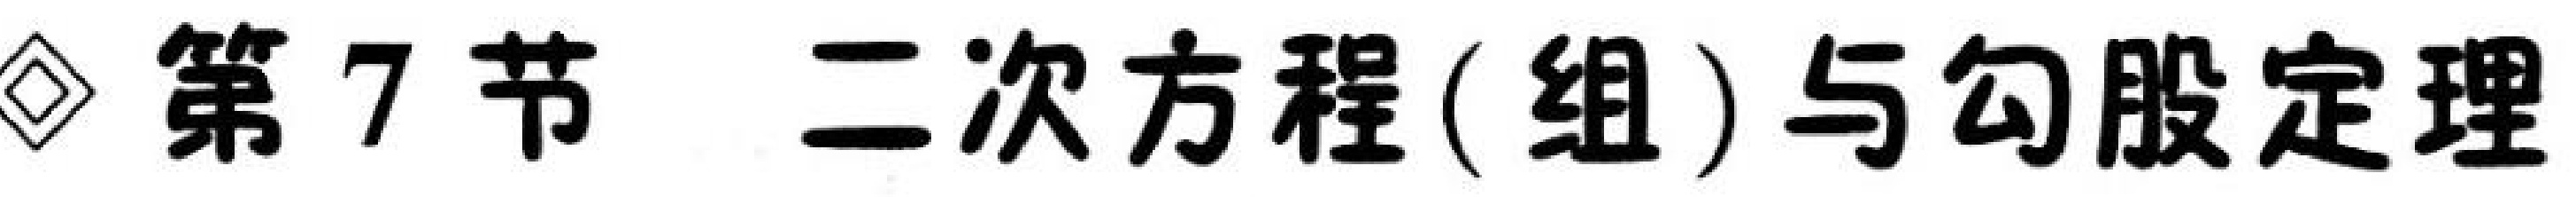
◇ 第7节 二次方程(组)与勾股定理